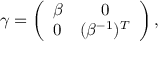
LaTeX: \gamma = \left( \begin{array} { c c } { { \beta } } & { { 0 } } \\ { { 0 } } & { { ( \beta ^ { - 1 } ) ^ { T } } } \end{array} \right) ,